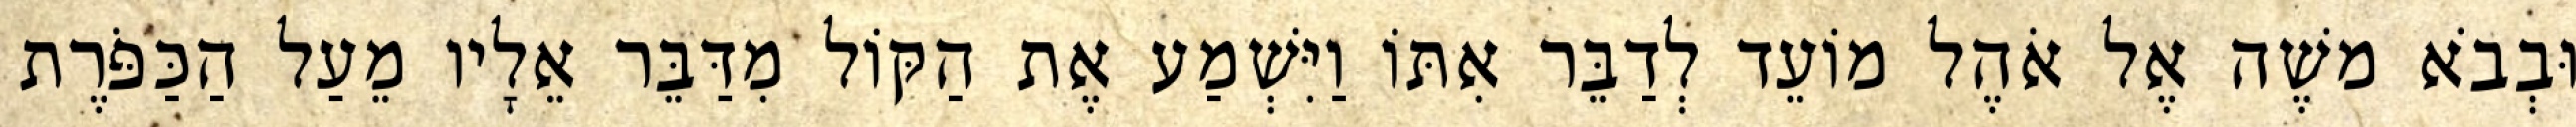
וּבְבֹא משֶׁה אֶל אֹהֶל מוֹעֵד לְדַבֵּר אִתּוֹ וַיִּשְׁמַע אֶת הַקּוֹל מִדַּבֵּר אֵלָיו מֵעַל הַכַּפֹּרֶת